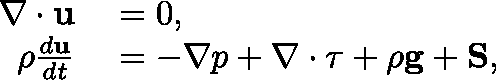
\begin{array} { r l } { \nabla \cdot \mathbf { u } } & { { } = 0 , } \\ { \rho \frac { d \mathbf { u } } { d t } } & { { } = - \nabla p + \nabla \cdot \mathbf { \tau } + \rho \mathbf { g } + \mathbf { S } , } \end{array}